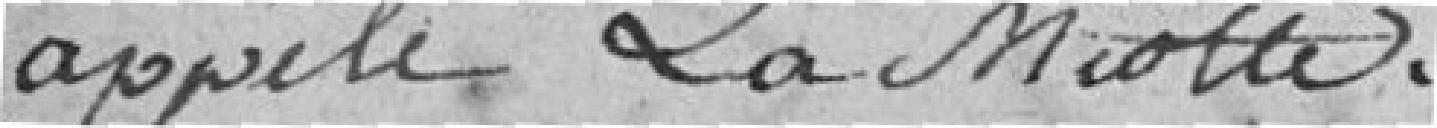
appelé La Miotte